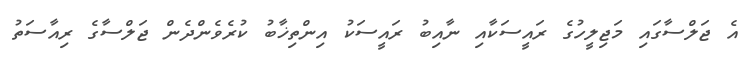
އެ ޖަލްސާގައި މަޖިލީހުގެ ރައީސަކާއި ނާއިބު ރައީސަކު އިންތިޚާބު ކުރެވެންދެން ޖަލްސާގެ ރިއާސަތު